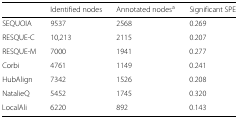
<table><thead><tr><td></td><td><b>Identified nodes</b></td><td><b>Annotated nodes<sup>a</sup></b></td><td><b>Significant SPE</b></td></tr></thead><tbody><tr><td>SEQUOIA</td><td>9537</td><td>2568</td><td>0.269</td></tr><tr><td>RESQUE-C</td><td>10,213</td><td>2115</td><td>0.207</td></tr><tr><td>RESQUE-M</td><td>7000</td><td>1941</td><td>0.277</td></tr><tr><td>Corbi</td><td>4761</td><td>1149</td><td>0.241</td></tr><tr><td>HubAlign</td><td>7342</td><td>1526</td><td>0.208</td></tr><tr><td>NatalieQ</td><td>5452</td><td>1745</td><td>0.320</td></tr><tr><td>LocalAli</td><td>6220</td><td>892</td><td>0.143</td></tr></tbody></table>